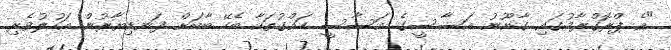
"އެ ޕްރޮގްރާމުގައި ގާނޫނު އަސާސީގެ އަސާސީ ހައްގުތަކާ ބެހޭ ބާބަށް ފަނޑިޔާރުން އަހުލުވެރި